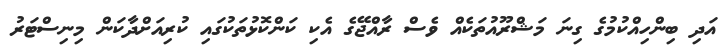
އަދި ބިންހިއްކުމުގެ ގިނަ މަޝްރޫއުތަކެއް ވެސް ރާއްޖޭގެ އެކި ކަންކޮޅުތަކުގައި ކުރިއަށްދާކަން މިނިސްޓަރު